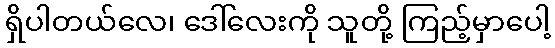
ရှိပါတယ်လေ၊ ဒေါ်လေးကို သူတို့ ကြည့်မှာပေါ့